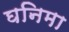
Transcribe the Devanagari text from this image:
घनिमा